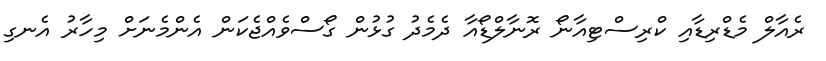
ރެއާލް މެޑްރިޑާއި ކްރިސްޓިއާނޯ ރޮނާލްޑޯއާ ދެމެދު ގުޅުން ގޯސްވެއްޖެކަން އެންމެނަށް މިހާރު އެނގި